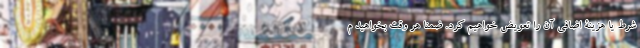
شرط یا هزینۀ اضافی آن را تعویض خواهیم کرد. ضمناً هر وقت بخواهید م